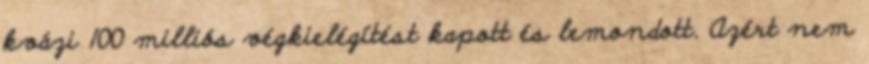
kvázi 100 milliós végkielégítést kapott és lemondott. Azért nem